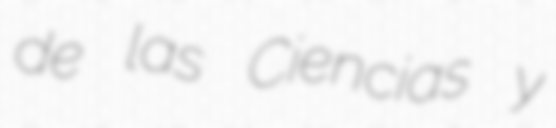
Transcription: de las Ciencias y